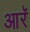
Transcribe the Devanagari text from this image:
आरॅ